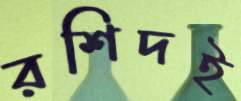
রশিদই